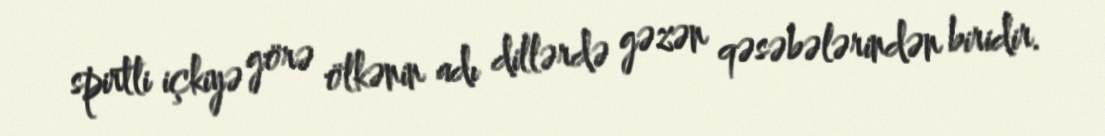
spirtli içkiyə görə ölkənin adı dillərdə gəzən qəsəbələrindən biridir.